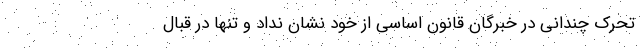
تحرک چندانی در خبرگان قانون اساسی از خود نشان نداد و تنها در قبال